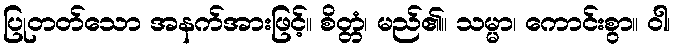
ပြုတတ်သော အနက်အားဖြင့်။ စိတ္တံ၊ မည်၏။ သမ္မာ၊ ကောင်းစွာ။ ဝါ၊